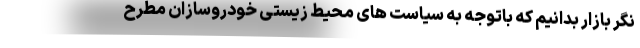
نگر بازار بدانیم که باتوجه به سیاست های محیط زیستی خودروسازان مطرح